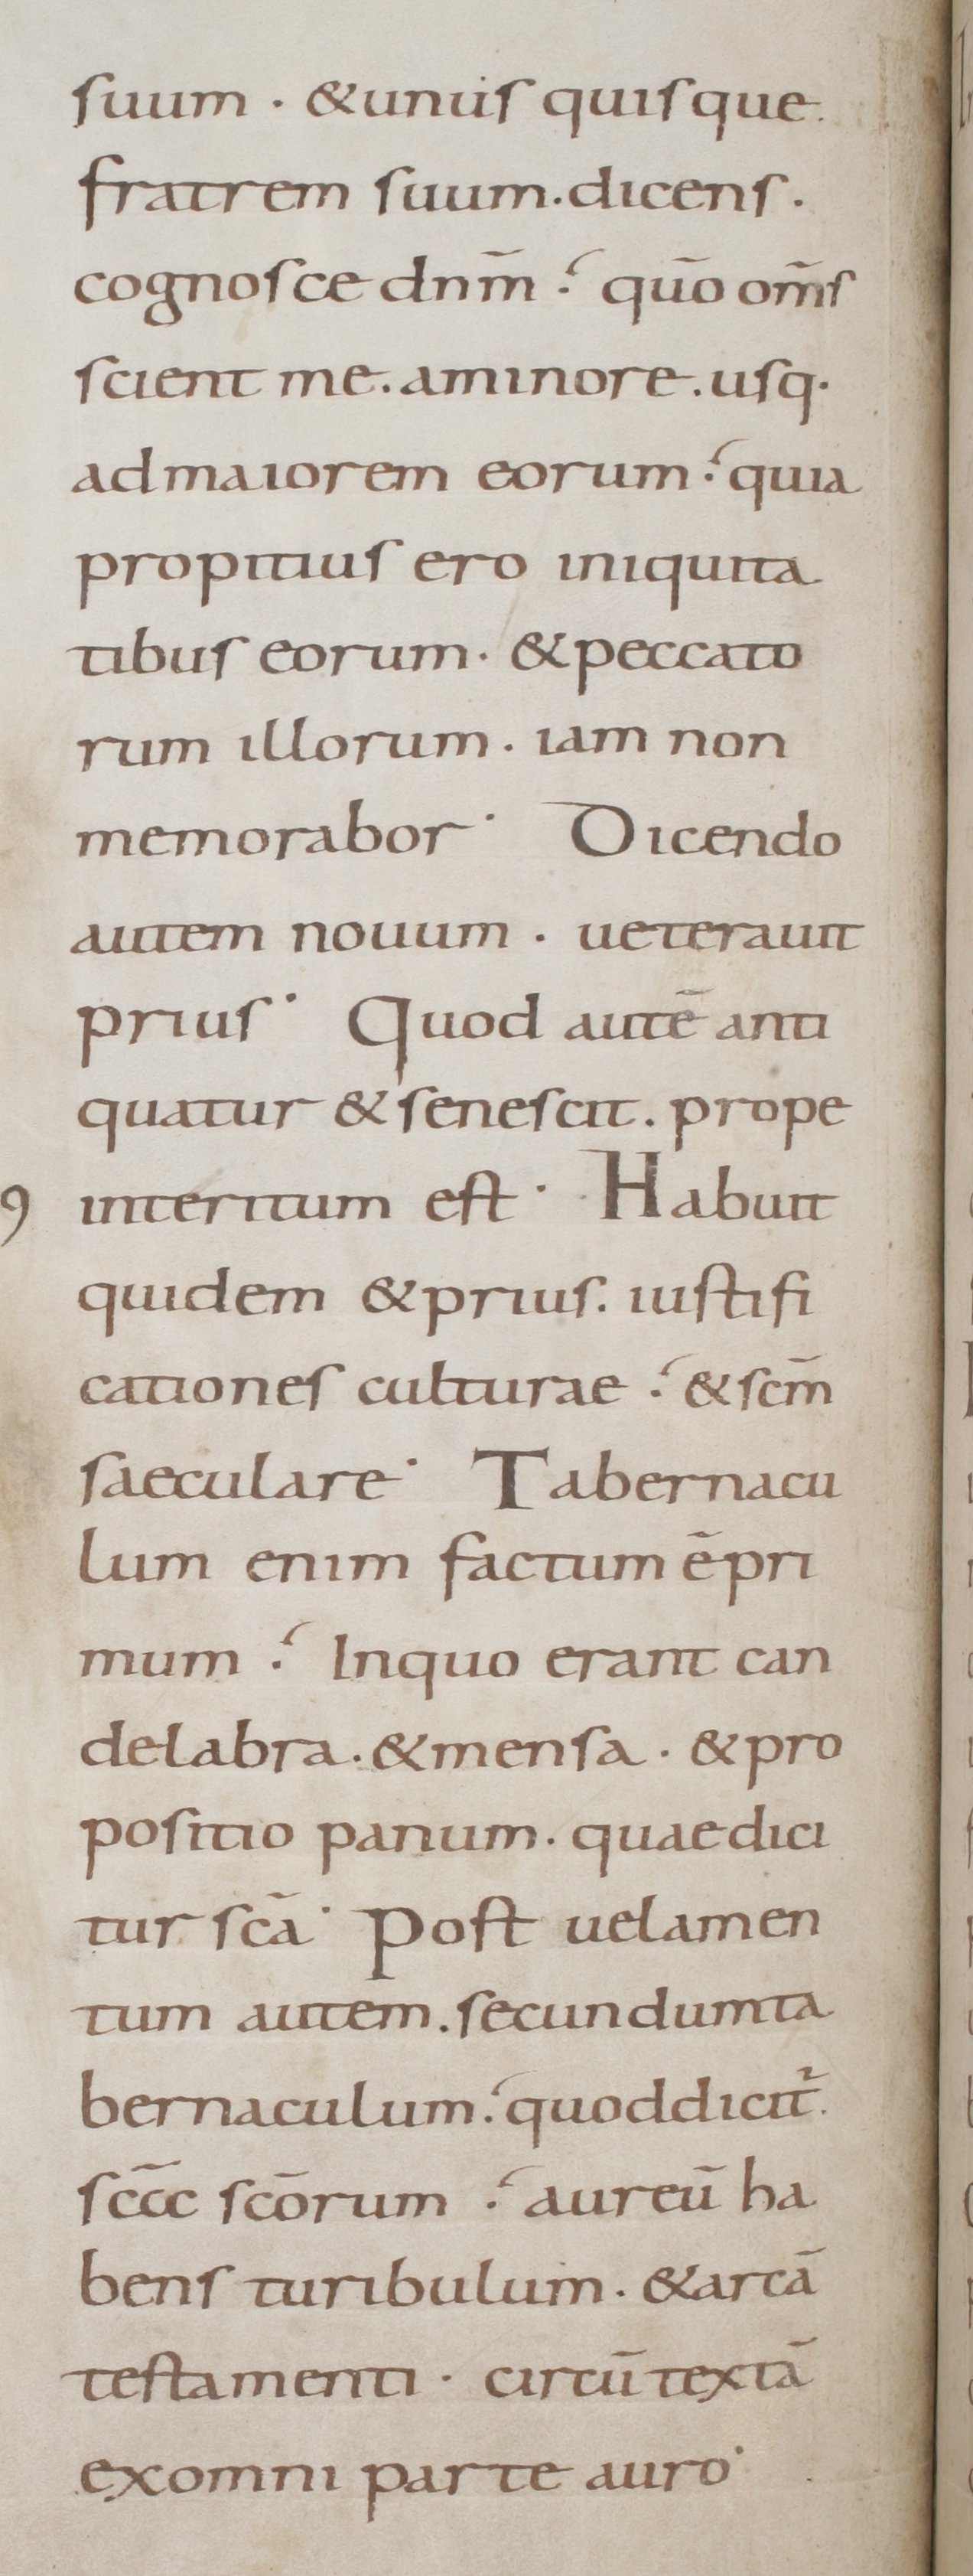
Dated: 800–899